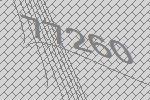
77260